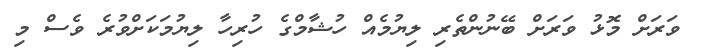
ވަރަށް މޮޅު ވަރަށް ބޭނުންތެރި ލިޔުމެއް ހުޝާމްގެ ހުރިހާ ލިޔުމަކަށްވުރެ ވެސް މި